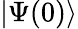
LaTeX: |\Psi(0)\rangle